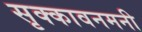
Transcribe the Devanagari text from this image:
सृक्कावनमनी